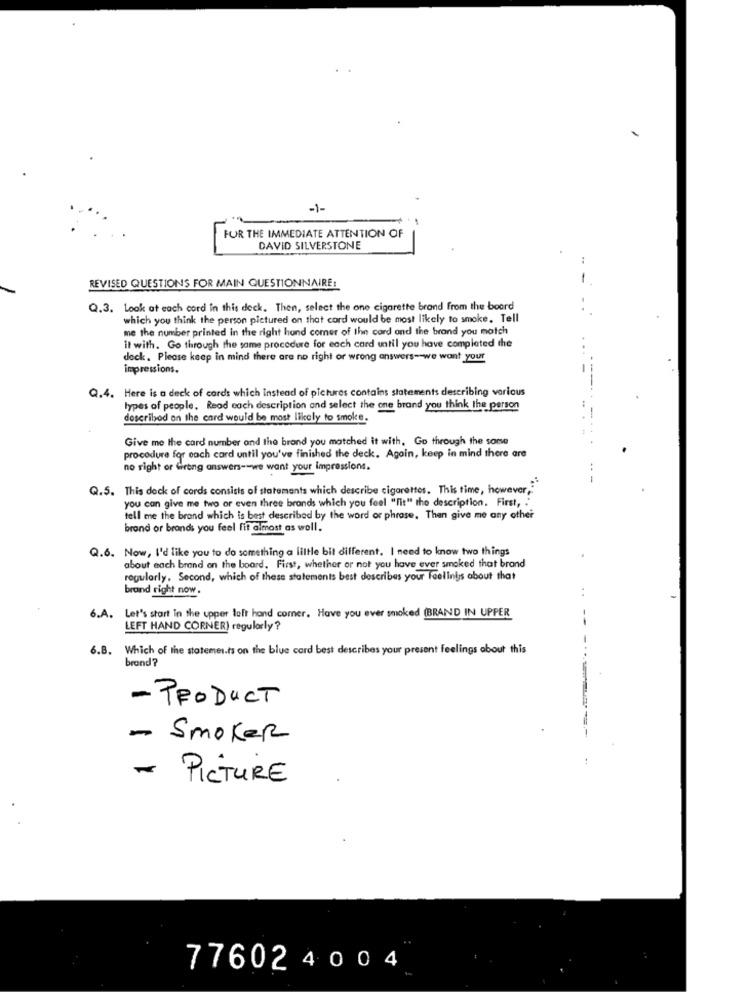
-1-
FOR THE IMMEDIATE ATTENTION OF
DAVID SILVERSTONE
-
REVISED QUESTIONS FOR MAIN QUESTIONNAIRE:
Q.3. Look at each cord in this deck. Then, select the one cigarette brand from the board
which you think the person pictured on that cord would be most likely to smoke. Tell
me the number printed in the right hand comer of the card and the brand you match
il with. Go through the same procedure for each card until you have completed the
dock. Please keep in mind there are no right or wrong answers -- we want your
impressions.
Q.4. Here is a deck of cards which instead of pictures contains statements describing various
types of people, Read each description and select the one brand you think the person
described on the card would be most likely to smoke.
Give me the card number and the brond you matched it with, Go through the some
procedure for each card until you've finished the deck. Again, keep in mind there are
no right or Wrong answers -- we want your impressions.
Q.5. This deck of cards consists of statements which describe cigarettes. This time, however,"
you can give me two or even three brands which you feel "fit" tho description. First, . "
tell me the brand which is best described by the word or phrase. Then give me any other
brand or brands you feel fit almost as well.
Q.6. Now, I'd like you to do something a little bit different. I need to know two things
about each brand on the board. First, whether or not you have ever smoked that brand
regularly. Second, which of these statements best describes your Feelings about that
brand right now.
6.A. Let's start in the upper left hand comer. Have you ever smoked (BRAND IN UPPER
--
LEFT HAND CORNER) regularly ?
6.B. Which of the statements on the blue card best describes your present feelings about this
brand?
- PRODUCT
- Smoker
- PICTURE
776024 004